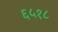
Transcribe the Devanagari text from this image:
६५१८